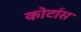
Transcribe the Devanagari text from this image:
कोर्टास